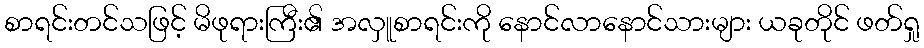
စာရင်းတင်သဖြင့် မိဖုရားကြီး၏ အလှူစာရင်းကို နောင်လာနောင်သားများ ယခုတိုင် ဖတ်ရှု